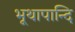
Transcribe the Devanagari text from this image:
भूथापान्दि